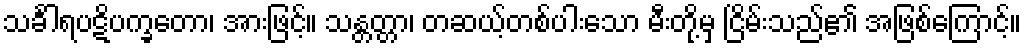
သင်္ခါရပဋိပက္ခတော၊ အားဖြင့်။ သန္တတ္တာ၊ တဆယ့်တစ်ပါးသော မီးတို့မှ ငြိမ်းသည်၏ အဖြစ်ကြောင့်။